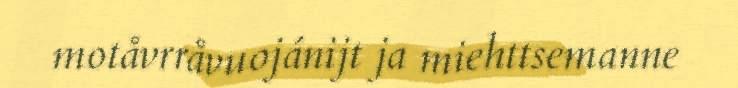
motåvrråvuojánijt ja miehttsemanne